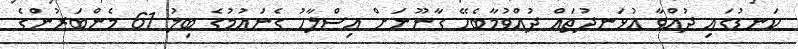
ކަނޑުގައި ދުއްވާ އުޅަނދުތައް ދުއްވުމާބެހޭ ގާނޫނަށް އިސްލާހު ގެނައުމުގެ ބިލު 61 މެންބަރުންގެ